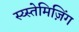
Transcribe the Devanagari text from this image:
स्य्स्तेमिज़िंग